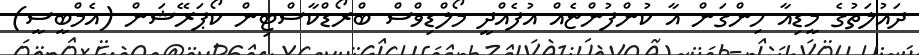
ދައުލަތުގެ މީޑިއާ ހިންގަން އާ ކުންފުންޏެއް އުފެއްދީ މޯލްޑިވްސް ބްރޯޑްކާސްޓިން ކޯޕަރޭޝަން (އެމްބީސީ)